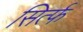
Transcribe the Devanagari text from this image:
सिर्त्फ